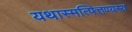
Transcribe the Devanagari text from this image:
यथास्मत्पित्तण्यस्य